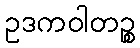
ဥဒကဝါတဉ္စ